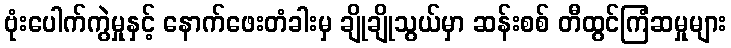
ဗုံးပေါက်ကွဲမှုနှင့် နောက်ဖေးတံခါးမှ ချိုချိုသွယ်မှာ ဆန်းစစ် တီထွင်ကြံဆမှုများ